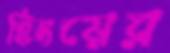
হিংয়ের